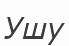
Ушу